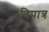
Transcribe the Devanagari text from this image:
विपात्र